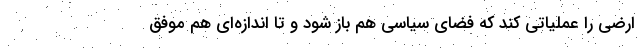
ارضی را عملیاتی کند که فضای سیاسی هم باز شود و تا اندازه‌ای هم موفق